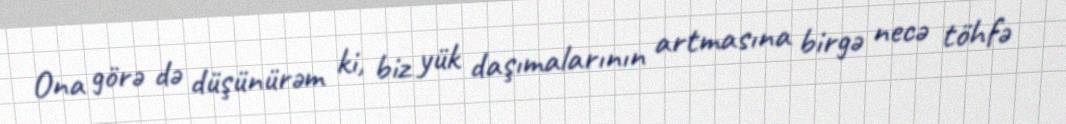
Ona görə də düşünürəm ki, biz yük daşımalarının artmasına birgə necə töhfə